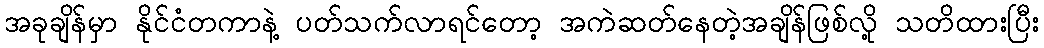
အခုချိန်မှာ နိုင်ငံတကာနဲ့ ပတ်သက်လာရင်တော့ အကဲဆတ်နေတဲ့အချိန်ဖြစ်လို့ သတိထားပြီး